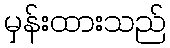
မှန်းထားသည်